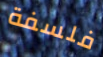
فلسفة